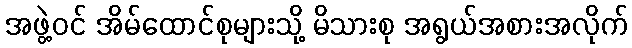
အဖွဲ့ဝင် အိမ်ထောင်စုများသို့ မိသားစု အရွယ်အစားအလိုက်